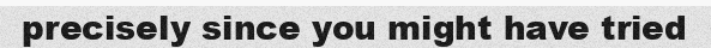
precisely since you might have tried